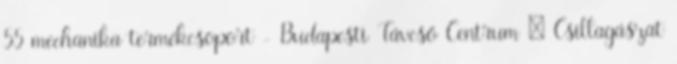
55 mechanika termékcsoport - Budapesti Távcső Centrum ▸ Csillagászat